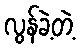
လွန်ခဲ့တဲ့